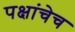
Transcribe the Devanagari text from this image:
पक्षांचेच